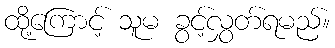
ထို့ကြောင့် သူမ ခွင့်လွှတ်ရမည်။